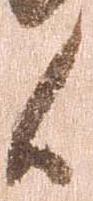
候